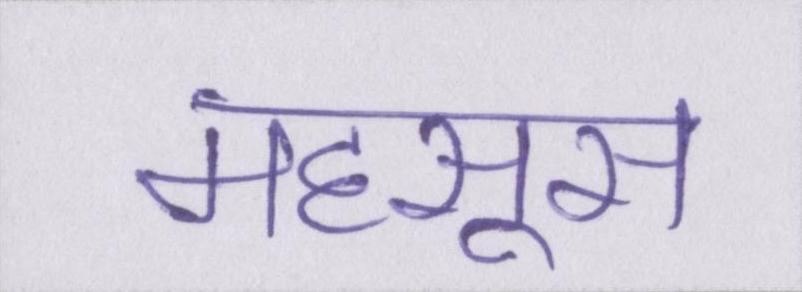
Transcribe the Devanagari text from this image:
महसूस